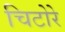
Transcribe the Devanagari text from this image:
चिटोरे